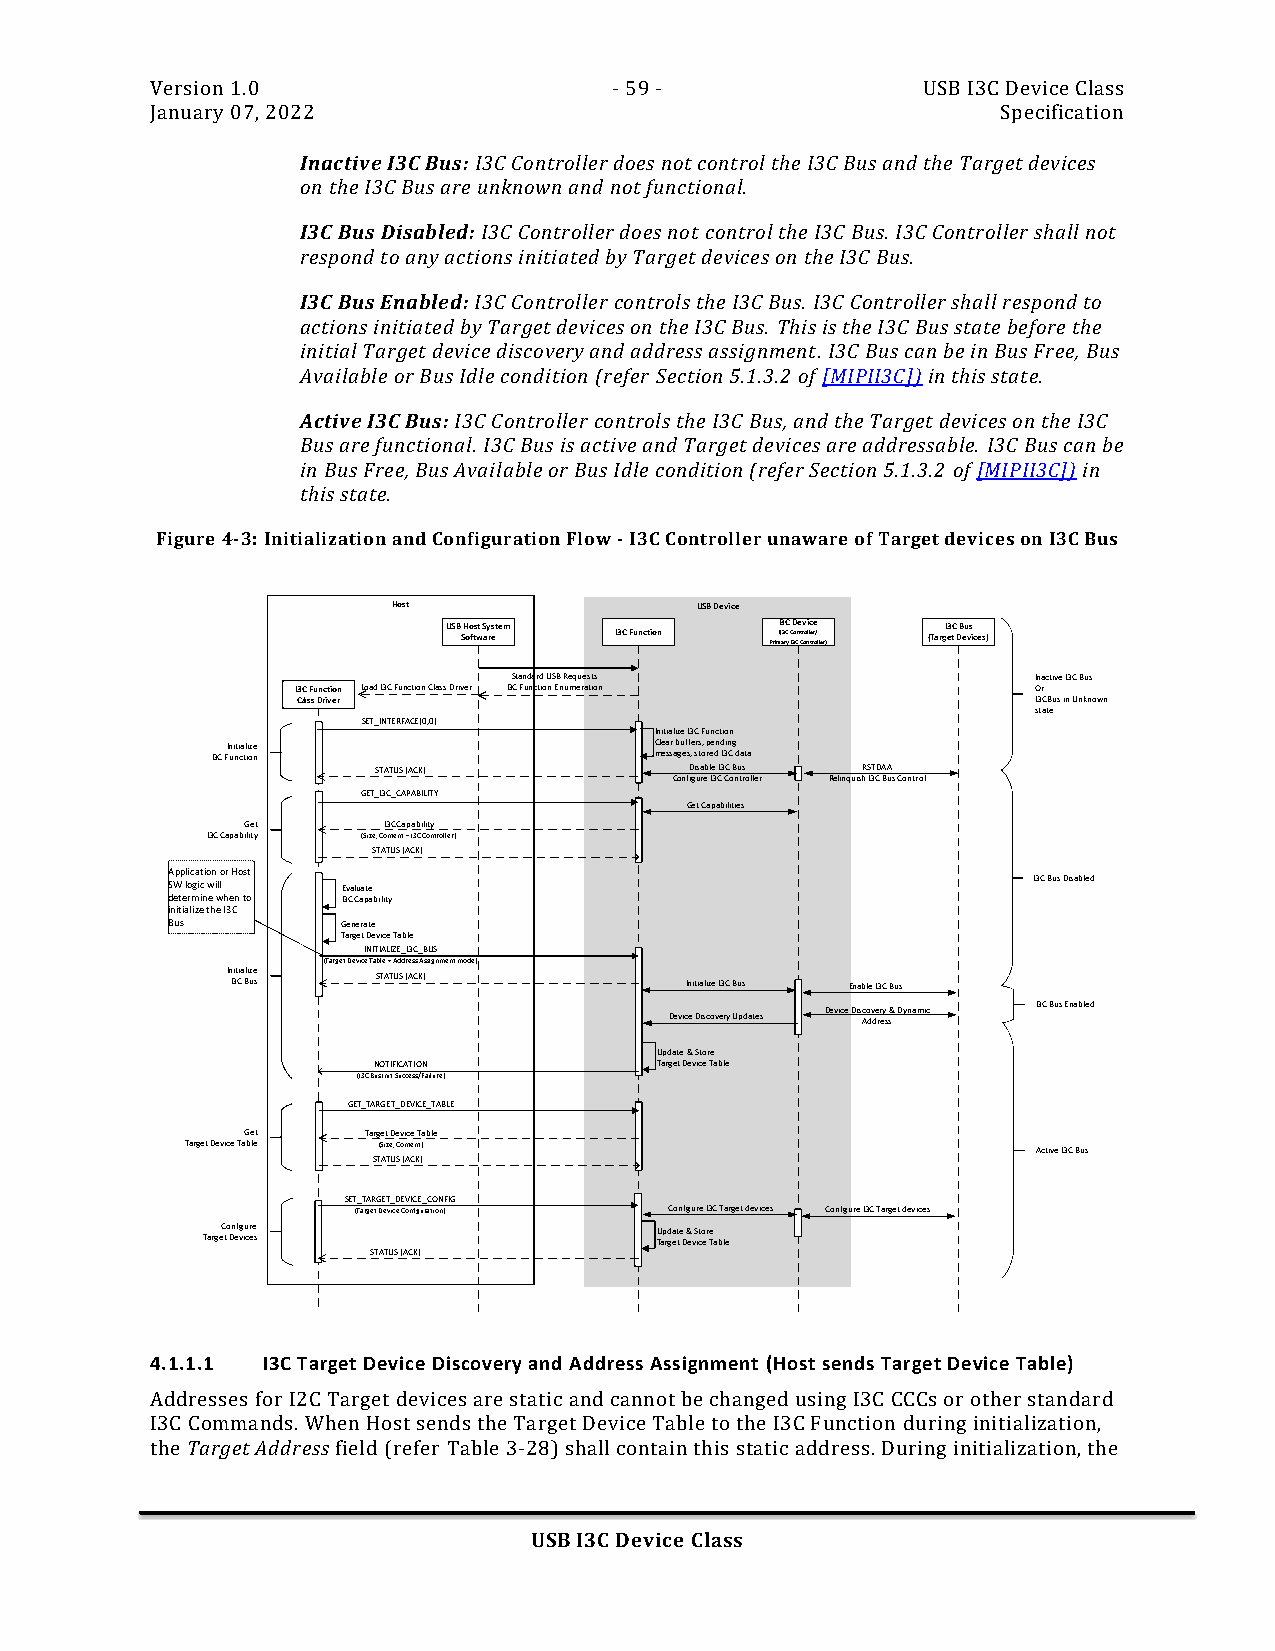
Version 1.0                    - 59 -              USB I3C Device Class
 January 07, 2022                                        Specification
 Inactive I3C Bus: I3C Controller does not control the I3C Bus and the Target devices
 on the I3C Bus are unknown and not functional.
 I3C Bus Disabled: I3C Controller does not control the I3C Bus. I3C Controller shall not
 respond to any actions initiated by Target devices on the I3C Bus.
 I3C Bus Enabled: I3C Controller controls the I3C Bus. I3C Controller shall respond to
 actions initiated by Target devices on the I3C Bus. This is the I3C Bus state before the
 initial Target device discovery and address assignment. I3C Bus can be in Bus Free, Bus
 Available or Bus Idle condition (refer Section 5.1.3.2 of [MIPII3C]) in this state.
 Active I3C Bus: I3C Controller controls the I3C Bus, and the Target devices on the I3C
 Bus are functional. I3C Bus is active and Target devices are addressable. I3C Bus can be
 in Bus Free, Bus Available or Bus Idle condition (refer Section 5.1.3.2 of [MIPII3C]) in
 this state.
 Figure 4-3: Initialization and Configuration Flow - I3C Controller unaware of Target devices on I3C Bus
 Host                USB Device
 USB S H oo fts wt aSy restem I3C Function Prim(I I3 a3 rCC y C I3D o Cne t Crv oo nli l tc e rre o/ ller) (TargI3 eC t DB eu vs ices)
 Standard USB Requests              Inactive I3C Bus
 I3C Function Load I3C Function Class Driver I3C Function Enumeration Or
 Class Driver                                     I3C Bus in Unknown
 state
 SET_INTERFACE(0,0)
 Initialize I3C Function
 Initialize                  Clear buffers, pending
 I3C Function                 messages, stored I3C data
 STATUS (ACK)         Disable I3C Bus RSTDAA
 Configure I3C Controller Relinquish I3C Bus Control
 GET_I3C_CAPABILITY
 Get Capabilities
 Get      I3C Capability
 I3C Capability (Size, Content – I3C Controller)
 STATUS (ACK)
 Application or Host
 SW logic will Evaluate                                   I3C Bus Disabled
 determine when to I3C Capability
 initialize the I3C
 Bus         Generate
 Target Device Table
 INITIALIZE_I3C_BUS
 (Target Device Table + Address Assignment mode)
 In I3it Cia Bli uze s STATUS (ACK) Initialize I3C Bus Enable I3C Bus
 Device Discovery Updates Device Dis Aco dv de rr ey s s& Dynamic I3C Bus Enabled
 Update & Store
 NOTIFICATION       Target Device Table
 (I3C Bus Init Success/Failure)
 GET_TARGET_DEVICE_TABLE
 Get     Target Device Table
 Target Device Table (Size, Content)                      Active I3C Bus
 STATUS (ACK)
 SET_TARGET_DEVICE_CONFIG
 (Target Device Configuration) Configure I3C Target devices Configure I3C Target devices
 Configure                   Update & Store
 Target Devices                Target Device Table
 STATUS (ACK)
 4.1.1.1 I3C Target Device Discovery and Address Assignment (Host sends Target Device Table)
 Addresses for I2C Target devices are static and cannot be changed using I3C CCCs or other standard
 I3C Commands. When Host sends the Target Device Table to the I3C Function during initialization,
 the Target Address field (refer Table 3-28) shall contain this static address. During initialization, the
 USB I3C Device Class